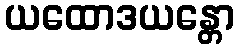
ယထောဒယန္တော